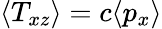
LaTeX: \langle T_{xz}\rangle=c\langle p_{x}\rangle